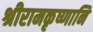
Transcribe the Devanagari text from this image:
श्रीरामकृष्णानि